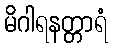
မိဂါရနတ္တာရံ